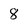
Character: 8